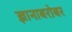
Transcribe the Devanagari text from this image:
ज्ञानाबरोबर